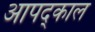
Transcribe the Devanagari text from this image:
आपद्काल